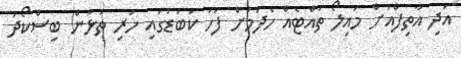
އަދި އާތިފްއަށް މައިލޯ ތައްޓެއް ހެދުމަށް ފަހު ކަބަޑުގައި ހުރި ތަޅުން ބިސްކޯދު